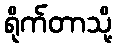
ရိုက်တာသို့